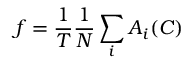
f = \frac { 1 } { T } \frac { 1 } { N } \sum _ { i } A _ { i } ( C )